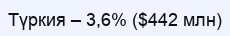
Түркия – 3,6% ($442 млн)